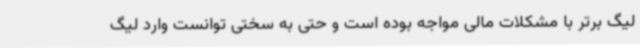
لیگ برتر با مشکلات مالی مواجه بوده است و حتی به سختی توانست وارد لیگ